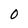
Character: 0